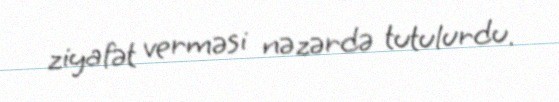
ziyafət verməsi nəzərdə tutulurdu.